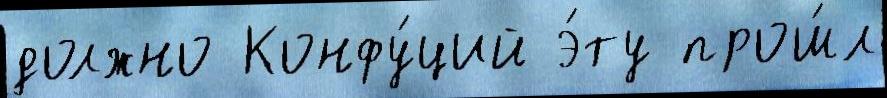
должно Конфу́ций э́ту прош́л